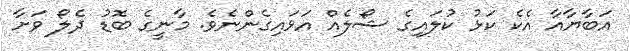
އަބާޔާއާ އެކެ ކަޅު ކުލައިގެ ޝޯލެއް އަޅައިގެންނެވެ. މާނީގެ ބޮޑު ދެލޯ ވަށާ